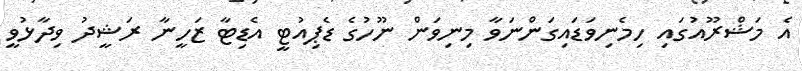
އެ މަޝްރޫއުގައި ހިމެނިވަޑައިގަންނަވާ މިނިވަން ނޫހުގެ ޑެޕިއުޓީ އެޑިޓާ ޒަހީނާ ރަޝީދު ވިދާޅުވީ